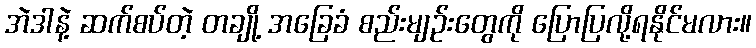
အဲဒါနဲ့ ဆက်စပ်တဲ့ တချို့ အခြေခံ စည်းမျဉ်းတွေကို ပြောပြလို့ရနိုင်မလား။